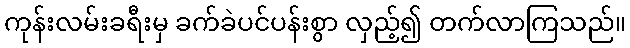
ကုန်းလမ်းခရီးမှ ခက်ခဲပင်ပန်းစွာ လှည့်၍ တက်လာကြသည်။